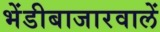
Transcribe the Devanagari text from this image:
भेंडीबाजारवालें